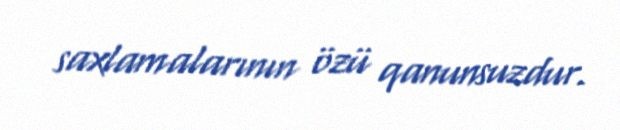
saxlamalarının özü qanunsuzdur.